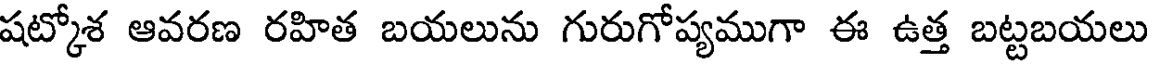
షట్కోశ ఆవరణ రహిత బయలును గురుగోప్యముగా ఈ ఉత్త బట్టబయలు